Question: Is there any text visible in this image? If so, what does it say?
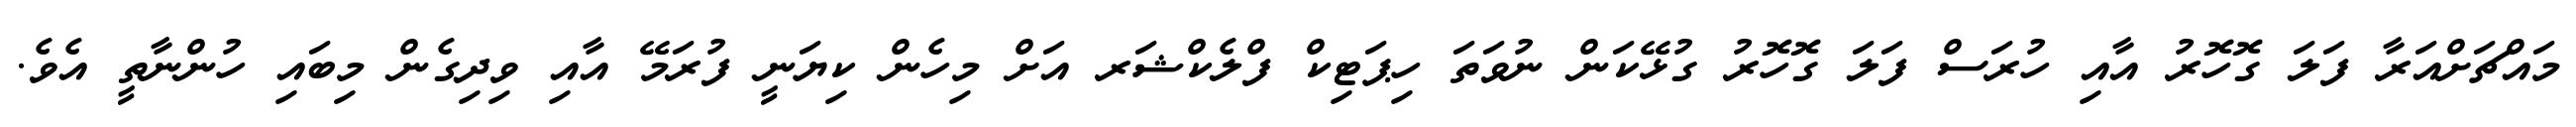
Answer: މައްޗަށްއަރާ ފަލަ ގޮހޮރު އާއި ހުރަސް ފަލަ ގޮހޮރު ގުޅޭކަން ނުވަތަ ހިޕަޓިކް ފްލެކްޝަރ އަށް މިހެން ކިޔަނީ ފުރަމޭ އާއި ވިދިގެން މިބައި ހުންނާތީ އެވެ.